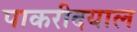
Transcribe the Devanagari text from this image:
पाकरीदयाल